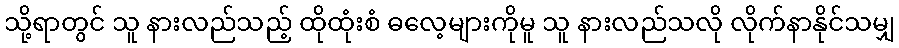
သို့ရာတွင် သူ နားလည်သည့် ထိုထုံးစံ ဓလေ့များကိုမူ သူ နားလည်သလို လိုက်နာနိုင်သမျှ